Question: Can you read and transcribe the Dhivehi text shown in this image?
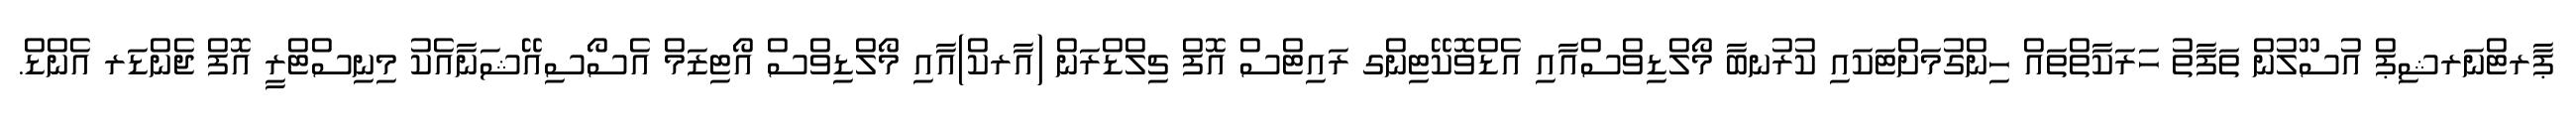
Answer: ޕާރޓްނަރޝިޕް އުސޫލުން ތަފާތު ހަރަކާތްތައް ހިންގުމަށްޓަކައި ކުރުނބާ މޯލްޑިވްސްއާއި އެޑްވޮކޭޓިންގ ރައިޓްސް އޮފް ޗިލްޑްރަން (އާރކް)އާއި މޯލްޑިވްސް އޯޓިޒަމް އެސޯސިއޭޝަނާއެކު މިނިސްޓްރީ އޮފް ޖެންޑަރ އެންޑް.